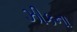
ઝીકના